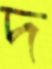
দ